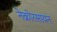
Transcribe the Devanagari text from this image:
नेक्रोरसायन